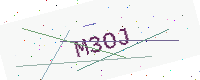
Text: M3OJ